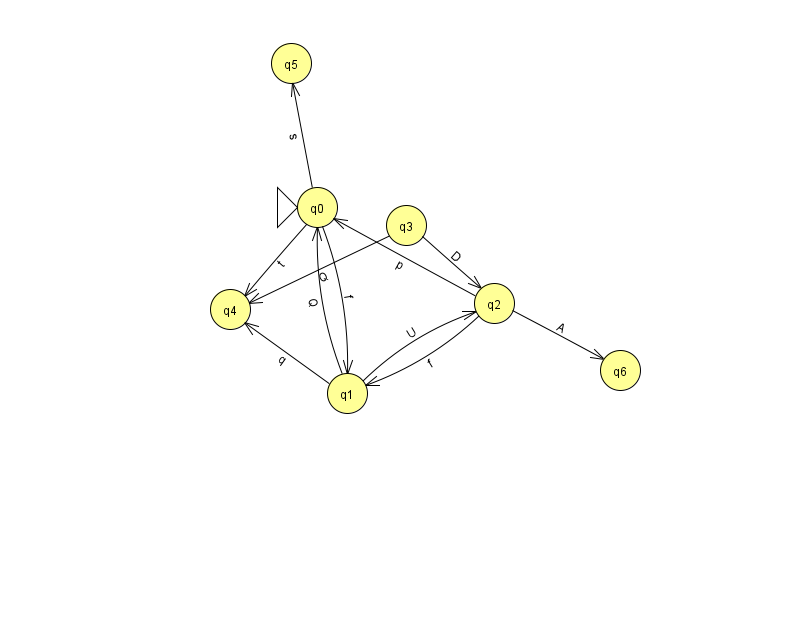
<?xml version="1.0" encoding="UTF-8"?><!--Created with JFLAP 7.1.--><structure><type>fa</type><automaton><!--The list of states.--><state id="0" name="q0"><x>317.0</x><y>194.0</y><initial/></state><state id="1" name="q1"><x>347.0</x><y>380.0</y></state><state id="2" name="q2"><x>494.0</x><y>290.0</y></state><state id="3" name="q3"><x>406.0</x><y>212.0</y></state><state id="4" name="q4"><x>230.0</x><y>296.0</y></state><state id="5" name="q5"><x>291.0</x><y>50.0</y></state><state id="6" name="q6"><x>620.0</x><y>357.0</y></state><!--The list of transitions.--><transition><from>1</from><to>2</to><read>U</read></transition><transition><from>2</from><to>1</to><read>f</read></transition><transition><from>0</from><to>4</to><read>t</read></transition><transition><from>0</from><to>5</to><read>s</read></transition><transition><from>3</from><to>2</to><read>D</read></transition><transition><from>1</from><to>0</to><read>Q</read></transition><transition><from>3</from><to>4</to><read>Q</read></transition><transition><from>0</from><to>1</to><read>f</read></transition><transition><from>1</from><to>4</to><read>q</read></transition><transition><from>2</from><to>0</to><read>p</read></transition><transition><from>2</from><to>6</to><read>A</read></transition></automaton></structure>